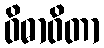
ဝိဓာဝိတာ